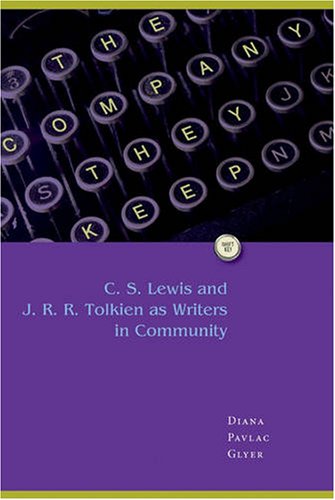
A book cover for The Company They Keep: C. S. Lewis and J. R. R. Tolkien as Writers in Community; Diana Pavlac Glyer; Science Fiction & Fantasy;